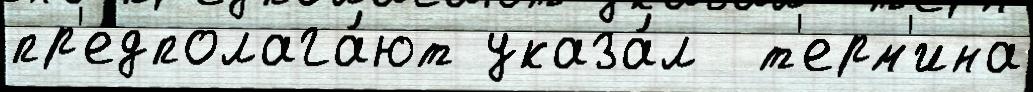
пр'едполага́ют указа́л  т'ерм'ина